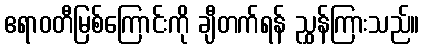
ဧရာဝတီမြစ်ကြောင်းကို ချီတက်ရန် ညွှန်ကြားသည်။